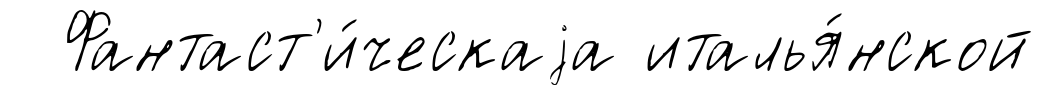
Фантаст'и́ческаjа италья́нской